Vital statistics of India. Vol. IV, Annual returns from 1871 to 1876. British Army of India, Native Army and jails of Bengal
Year: 1871
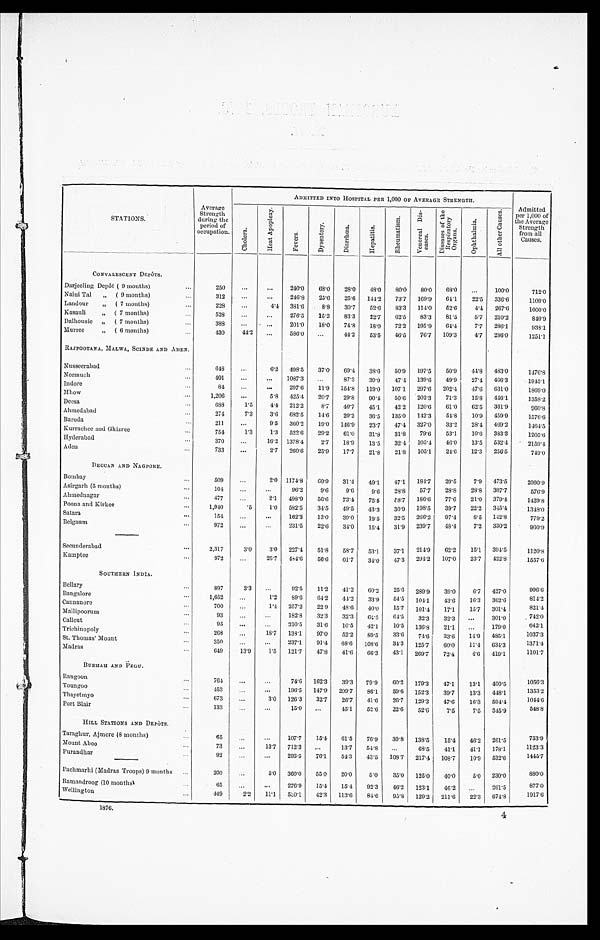
S T A T I O N S .
Average
Strength
during the
period of
occupation.
ADMITTED INTO HOSPITAL PER 1,000 OF AVERAGE STRENGTH.
Admitted per
1,000 of
Average
Strength
from
all Causes.
C h o l e r a .
H e a t A p o p l e x y .
F e v e r s .
D y s e n t e r y .
D i a r r h œ a .
He pa t i t i s .
R h e u m a t i s m .
V e n e r a l D i s e a s e s .
D i s e a s e s o f t h e R e s p i r a t o r y O r g a n s .
Opt ha l mi a .
A l l o t h e r C a u s e s .
CONVALESCENT DEPÔTS.
Darjeeling Depôt ( 9 months)
...
250
. . .
. . .
2 4 0 . 0
68.0
28.0
48.0
8 0 . 0
8 0 . 0
6 8 . 0
...
100.0
712.0
Naini Tal
„ ( 9 months)
...
312
. . .
. . .
246.8
25.6
25.6
144.2
73.7
1 6 9 . 9
6 4 . 1
2 2 . 5
336.6
1109.0
Landour
„ ( 7 months)
...
228
. . .
4.4 381.6
8.8
30.7
52.6
83.3
1 1 4 . 0
5 2 . 6
4 . 4
267.6
1000.0
Kasauli
„ ( 7 months)
. . .
5 2 8
. . .
. . .
276.5
15.2
83.3
22.7
62.5
83.3
81.5
5.7
210.2
8 4 0 . 9
Dalhousie „ ( 7 months)
. . .
388
. . .
. . .
201.0
18.0
74.8
18.0
72.2
195.9
64.4
7.7 286.1
9 3 8 . 1
Murree
„ ( 6 months)
...
4 3 0 44.2
. . .
586.0
...
44.2
53.5
46.5
76.7
109.3
4 . 7 286.0
1 2 5 1 . 1
RAJPOOTANA, MALWA, SCINDE AND ADEN.
Nusseerabad
. . .
648
...
6.2 498.5
37.0
69.4
38.6
50.9
197.5
50.9
44.8
483.0
1 4 7 6 . 8
Neemuch
. . .
401
...
...
1087.3
...
87.3
39.9
47.4
139.6
49.9
27.4
466.3
1945.1
Indore
. . .
8 4
. . .
. . .
297.6
11.9
154.8 119.0 107.1 297.6
202.4
47.6
631.0
1 8 6 9 . 0
Mhow
. . .
1,206
...
5.8 425.4
20.7
29.8
90.4
5 0 . 6
202.3
71.3
15.8
446.1
1358.2
Deesa
. . .
688
1.5
4.4 212.2
8.7
40.7
45.1
42.2 120.6
61.0
62.5
361.9
960.8
Ahmedabad
. . .
274
7.3
3.6
6 8 2 . 5
1 4 . 6
29.2
36.5
135.0 142.3
5 4 . 8 10.9
459.9
1576.6
Baroda
. . .
211
...
9.5
360.2
19.0
146.9
23.7
47.4
327.0
33.2
28.4
469.2
1464.5
Kurrachee and Ghizree
. . .
754
1.3
1.3
522.6
29.2
61.0
31.8
31.8
79.6
53.1
10.6
383.3
1205.6
Hyderabad
. . .
370
...
16.2
1 3 7 8 . 4
2 . 7
18.9
13.5
32.4 105.4
46.0
13.5
532.4
2 1 5 9 . 4
Aden
. . .
733
...
2.7
260.6
25.9
17.7
21.8
21.8
105.1
24.6
12.3
256.5
7 4 9 . 0
DECCAN AND NAGPORE.
Bombay
. . .
509
. . .
2 . 0
1 1 7 4 . 8
6 0 . 9
31.4
49.1
47.1
1 8 4 . 7
29.5
7.9 473.5
2060.9
Asirgarh (5 months)
. . .
1 0 4
...
...
96.2
9.6
9.6
9.6
28.8
57.7
28.8
28.8
307.7
576.9
Ahmednagar
...
477
...
2.1
498.9
56.6
73.4
75.5
5 8 . 7
186.6
77.6
21.0
379.4
1 4 2 9 . 8
Poona and Kirkee
. . .
1,940
.5
1.0
582.5
34.5
49.5
43.3
30.9
198.5
39.7
22.2 345.4
1348.0
Satara
...
1 5 4
...
...
1 6 2 . 3
13.0
39.0
19.5
32.5
266.2
97.4
6 . 5 142.8
7 7 9 . 2
Belgaum
. . .
972
. . . ...
231.5
22.6
3 4 . 0
1 5 . 4
3 1 . 9
239.7
48.4
7.2 330.2
960.9
Secunderabad
. . .
2,317
3.0
3.0
227.4
51.8
58.7
5 3 . 1
3 7 . 1
214.9
62.2
15.1
394.5
1120.8
Kamptee
. . .
972
...
2 5 . 7
4 8 4 . 6
56.6
61.7
3 4 . 0
47.3
294.2
107.0
23.7
422.8
1557.6
SOUTHERN INDIA.
Bellary
. . .
897
3.3
...
92.5
11.2
41.2
60.2
25.6 289.9
39.0
6.7 427.0
9 9 6 . 6
Bangalore
. . .
1,652
. . .
1.2
89.6
6 4 . 2
44.2
33.9
54.5
1 0 4 . 1
4 3 . 6 16.3
362.6
8 1 4 . 2
Cannanore
. . .
7 0 0
. . .
1.4 257.2
22 9
48.6
40.0
15.7
101.4
17.1
15.7
301.4
821.4
Mallipoorum
. . .
93
. . .
. . . 182.8
32.3
32.3
6 4 . 5
64.5
32.3
32.3
. .
301.0
742.0
Calicut
. . .
95
. . . ...
210.5
31.6
10.5
42.1
10.5
136.8
21.l
...
1 7 9 . 0
642.1
Trichinopoly
. . .
268
. . .
18.7 138.1
97.0
52.2
89.5
3 3 . 6
74.6
33.6
14.9
485.1
1037.3
St. Thomas' Mount
. . .
3 5 0
. . .
. . .
2 3 7 . 1
91.4
68.6
108.6
34.3
1 2 5 . 7
6 0 . 0 11.4 634.3
1371.4
Madras
. . .
649
13.9
1.5
121.7
47.8
41.6
66.3
43.1
269.7
72.4
4.6 419.1 1101.7
B U R M A H A N D P E G U .
Rangoon
. . .
764
. . .
. . .
7 4 . 6
1 6 2 . 3
3 9 . 3 79.9
60.2 179.3
47.1
13.1
400.5
1056.3
Toungoo
. . .
4 5 3
. . .
. . . 196.5
1 4 7 . 9
2 0 9 . 7
86.1
59.6 152.3
39.7
13.3
448.1
1353.2
Thayetmyo
. . .
673
. . .
3 . 0
1 2 6 . 3
32.7
26.7
41.6
26.7
129.3
47.6
16.3
594.4
1044.6
Port Blair
. . .
1 3 3
. . .
. . .
15.0
...
45.1
52.6
22.6
52.6
7.5
7.5
3 4 5 . 9
548.8
HILL STATIONS AND DEPÔTS.
Taraghur, Ajmere (8 months)
. . .
6 5
. . .
. . . 107.7
15.4
61.5
76.9
30.8 138.5
15.4
4 6 . 2 261.5
753.9
Mount Aboo
. . .
73
...
13.7 712.3
...
13.7
5 4 . 8
...
68.5
41.1
41.1
178.1 1123.3
Purandhar
...
92
. . .
. . . 293.5
76.1
54.3
43.5
108.7
217.4
108.7
10.9 532.6
1445.7
Pachmarhi (Madras Troops) 9 months ...
200
...
5.0 360.0
55.0
20.0
5.0
35.0 125.0
4 0 . 0
5 . 0 230.0
880.0
Ramandroog (10 months
...
65
. . .
. . .
2 7 6 . 9
15.4
1 5 . 4
9 2 . 3
4 6 . 2 123.1
46.2
...
2 6 1 . 5
877.0
Wellington
. . .
449
2 . 2
11.1
5 3 0 . 1
4 2 . 3 113.6
84.6
9 5 . 8 129.2
211.6
22.3
674.8
1917.6
1876.
4